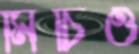
মিচিও